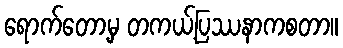
ရောက်တော့မှ တကယ့်ပြဿနာကစတာ။